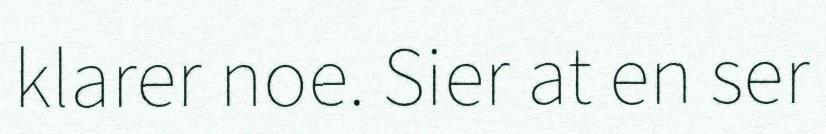
klarer noe. Sier at en ser